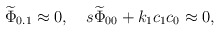
\begin{align*}{\widetilde\Phi}_{0.1}\approx 0,\quad s{\widetilde\Phi}_{00}+k_1c_1c_0\approx 0,\end{align*}